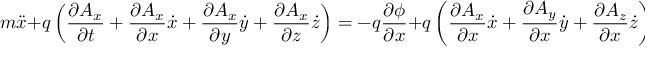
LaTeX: m { \ddot { x } } + q \left( { \frac { \partial A _ { x } } { \partial t } } + { \frac { \partial A _ { x } } { \partial x } } { \dot { x } } + { \frac { \partial A _ { x } } { \partial y } } { \dot { y } } + { \frac { \partial A _ { x } } { \partial z } } { \dot { z } } \right) = - q { \frac { \partial \phi } { \partial x } } + q \left( { \frac { \partial A _ { x } } { \partial x } } { \dot { x } } + { \frac { \partial A _ { y } } { \partial x } } { \dot { y } } + { \frac { \partial A _ { z } } { \partial x } } { \dot { z } } \right)